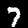
Digit: 7